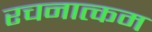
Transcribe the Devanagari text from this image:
रचनात्‍कम